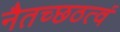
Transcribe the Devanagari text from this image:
नैतच्छठत्वं